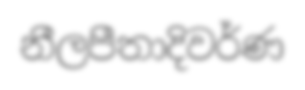
නීලපීතාදිවර්ණ